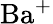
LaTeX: \mathrm{Ba}^{+}